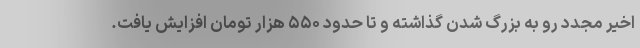
اخیر مجدد رو به بزرگ شدن گذاشته و تا حدود ۵۵۰ هزار تومان افزایش یافت.